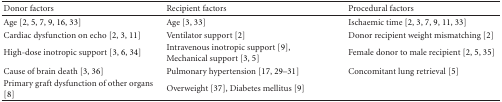
<table><thead><tr><td><b>Donor factors</b></td><td><b>Recipient factors</b></td><td><b>Procedural factors</b></td></tr></thead><tbody><tr><td>Age [2, 5, 7, 9, 16, 33]</td><td>Age [3, 33]</td><td>Ischaemic time [2, 3, 7, 9, 11, 33]</td></tr><tr><td>Cardiac dysfunction on echo [2, 3, 11]</td><td>Ventilator support [2]</td><td>Donor recipient weight mismatching [2]</td></tr><tr><td>High-dose inotropic support [3, 6, 34]</td><td>Intravenous inotropic support [9], Mechanical support [3, 5]</td><td>Female donor to male recipient [2, 5, 35]</td></tr><tr><td>Cause of brain death [3, 36]</td><td>Pulmonary hypertension [17, 29–31]</td><td>Concomitant lung retrieval [5]</td></tr><tr><td>Primary graft dysfunction of other organs [8]</td><td>Overweight [37], Diabetes mellitus [9]</td><td></td></tr></tbody></table>